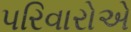
પરિવારોએ